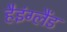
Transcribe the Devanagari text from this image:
हैइंग्लैंड